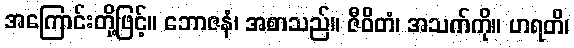
အကြောင်းတို့ဖြင့်။ ဘောဇနံ၊ အစာသည်။ ဇီဝိတံ၊ အသက်ကို။ ဟရတိ၊